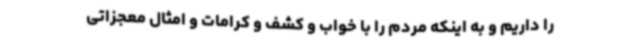
را داریم و به اینکه مردم را با خواب و کشف و کرامات و امثال معجزاتی